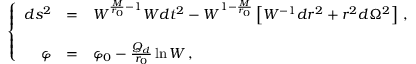
\left\{ \begin{array} { r c l } { { d s ^ { 2 } } } & { { = } } & { { W ^ { \frac { M } { r _ { 0 } } - 1 } W d t ^ { 2 } - W ^ { 1 - \frac { M } { r _ { 0 } } } \left[ W ^ { - 1 } d r ^ { 2 } + r ^ { 2 } d \Omega ^ { 2 } \right] \, , } } \\ { { } } & { { } } & { { } } \\ { { \varphi } } & { { = } } & { { \varphi _ { 0 } - \frac { { \cal Q } _ { d } } { r _ { 0 } } \ln W \, , } } \end{array} \right.